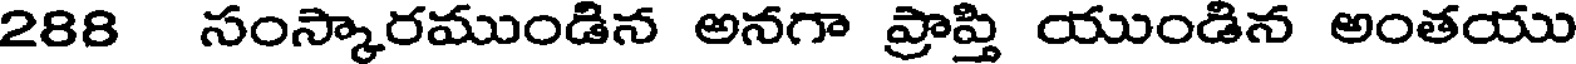
288 సంస్కారముండిన అనగా ప్రాప్తి యుండిన అంతయు